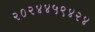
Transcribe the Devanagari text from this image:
२०२४४५९४२४